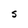
Character: S